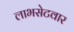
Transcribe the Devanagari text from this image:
लाभसेटवार